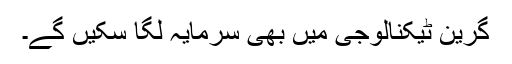
گرین ٹیکنالوجی میں بھی سرمایہ لگا سکیں گے۔